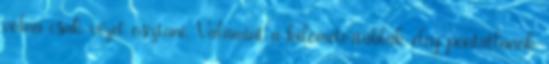
volna csak vizet osztani. Valamint a kilométertáblák elég pontatlanok